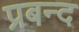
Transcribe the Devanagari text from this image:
प्रबन्द